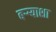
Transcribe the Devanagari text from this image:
बऱ्र्‍याशा